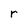
Character: r